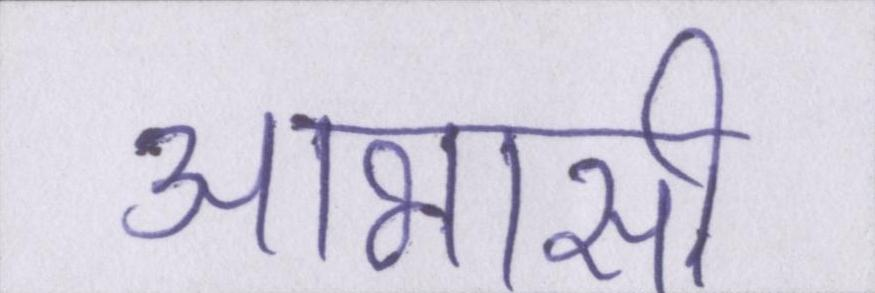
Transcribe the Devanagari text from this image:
आभासी